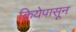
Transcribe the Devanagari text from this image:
क्रियेपासून